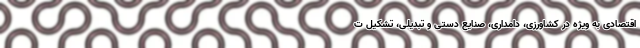
اقتصادی به ویژه در کشاورزی، دامداری، صنایع دستی و تبدیلی، تشکیل ت